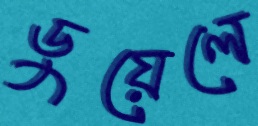
ডুয়েলে